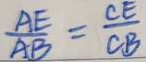
\frac { A E } { A B } = \frac { C E } { C B }